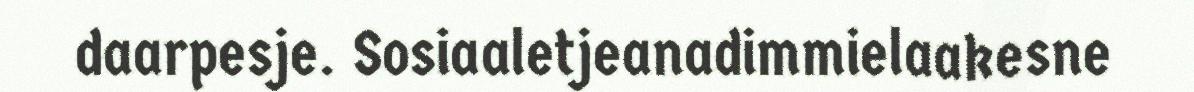
daarpesje. Sosiaaletjeanadimmielaakesne